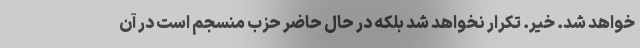
خواهد شد. خیر. تکرار نخواهد شد بلکه در حال حاضر حزب منسجم است در آن